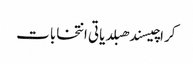
کراچیسندھبلدیاتی انتخابات